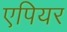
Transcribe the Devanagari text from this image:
एपियर